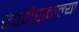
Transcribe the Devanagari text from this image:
पंचवीसवाल्या